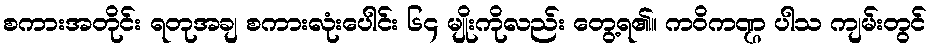
စကားအတိုင်း ရတုအချ စကားလုံးပေါင်း ၆၄ မျိုးကိုလည်း တွေ့ရ၏။ ကဝိကဏ္ဌ ပါသ ကျမ်းတွင်